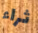
ثراء